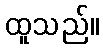
ထူသည်။